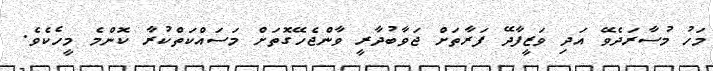
މަހު މުސާރަދެވޭ އަދި ވަޒީފާދޭ ފަރާތަށް ޖަވާބުދާރީ ވާންޖެހޭގޮތަށް މަސައްކަތްކުރާ ކޮންމެ މީހެކެވެ.